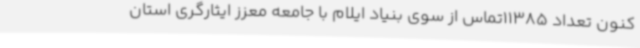
کنون تعداد 11385تماس از سوی بنیاد ایلام با جامعه معزز ایثارگری استان